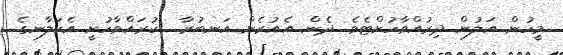
މީހުން އަލުން ދިރުއްވާހުށްޓެވެ. ދެން އެއުރެން އަނބުރާ  ކުރައްވާހުށީ އެކަލާނގެ